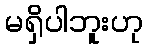
မရှိပါဘူးဟု